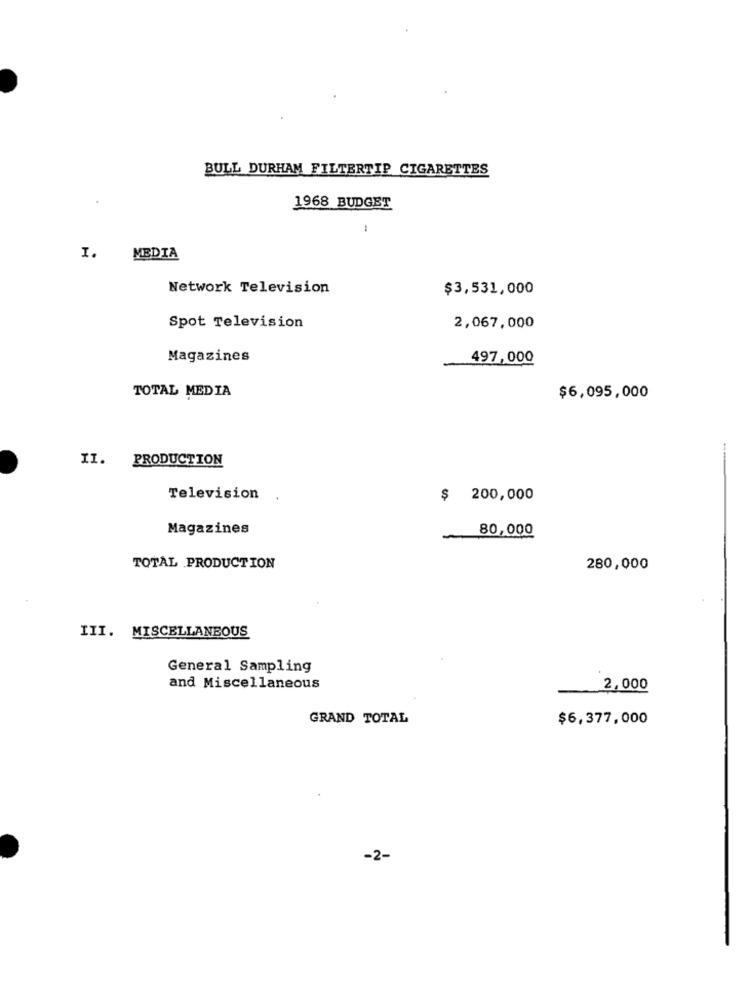
BULL DURHAM FILTERTIP CIGARETTES
1968 BUDGET
I.
MEDIA
Network Television
$3,531,000
Spot Television
2,067,000
Magazines
497,000
TOTAL MEDIA
$6,095,000
II.
PRODUCTION
Television
$ 200,000
Magazines
80,000
TOTAL PRODUCTION
280,000
III. MISCELLANEOUS
General Sampling
and Miscellaneous
2,000
GRAND TOTAL
$6,377,000
-2-